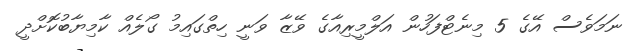
ނަމަވެސް އޭގެ 5 މިނެޓްފަހުން އަލްމީރިއާގެ ވޭޒާ ވަނީ ހިތްގައިމު ގޯލެއް ކާމިޔާބުކޮށްދީ